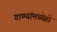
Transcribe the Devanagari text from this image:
गाण्यांमध्येही